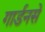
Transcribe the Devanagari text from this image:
गार्डनसे